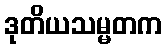
ဒုတိယသမ္မတက